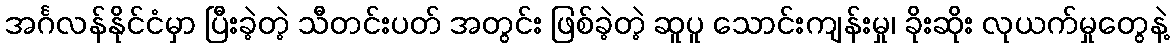
အင်္ဂလန်နိုင်ငံမှာ ပြီးခဲ့တဲ့ သီတင်းပတ် အတွင်း ဖြစ်ခဲ့တဲ့ ဆူပူ သောင်းကျန်းမှု၊ ခိုးဆိုး လုယက်မှုတွေနဲ့